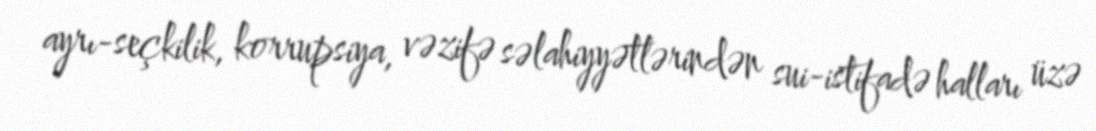
ayrı-seçkilik, korrupsiya, vəzifə səlahiyyətlərindən sui-istifadə halları üzə